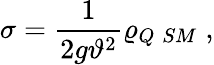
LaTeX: \sigma=\frac{1}{2g\vartheta^{2}}\varrho_{Q\; SM}\; ,